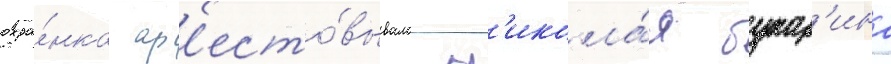
охра́нка ар'есто́вывала н'икола́я бухар'ина